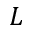
L